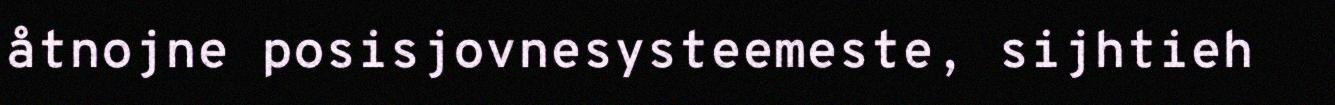
åtnojne posisjovnesysteemeste, sijhtieh